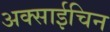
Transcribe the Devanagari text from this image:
अक्साईचिन